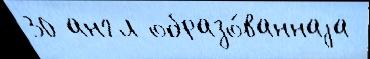
30 англ образо́ваннаjа